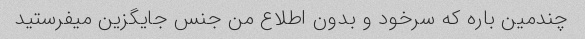
چندمین باره که سرخود و بدون اطلاع من جنس جایگزین میفرستید